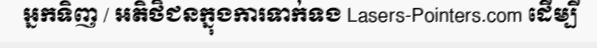
អ្នកទិញ / អតិថិជនក្នុងការទាក់ទង Lasers-Pointers.com ដើម្បី